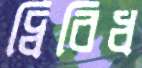
দ্বিবিধ